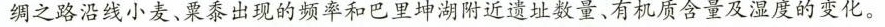
绸之路沿线小麦、粟黍出现的频率和巴里坤湖附近遗址数量、有机质含量及湿度的变化。